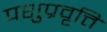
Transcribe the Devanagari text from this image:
पशुप्रवृत्ति